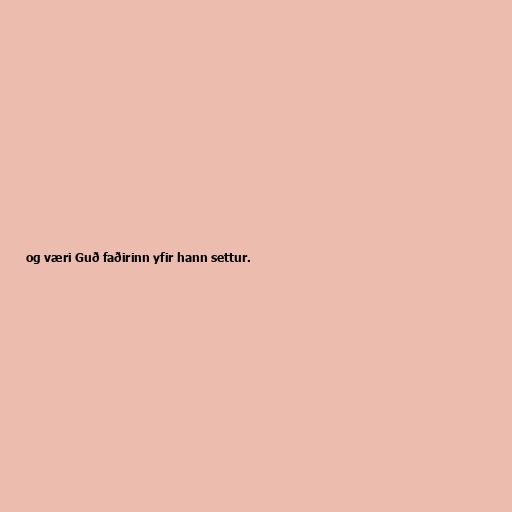
og væri Guð faðirinn yfir hann settur.